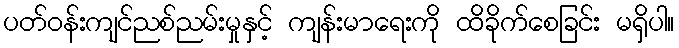
ပတ်ဝန်းကျင်ညစ်ညမ်းမှုနှင့် ကျန်းမာရေးကို ထိခိုက်စေခြင်း မရှိပါ။